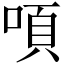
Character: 㖽